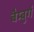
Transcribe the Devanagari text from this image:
बैम्बुर्ग